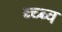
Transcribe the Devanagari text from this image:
ब्च्ब्व